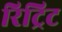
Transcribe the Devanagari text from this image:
रिट्रिट